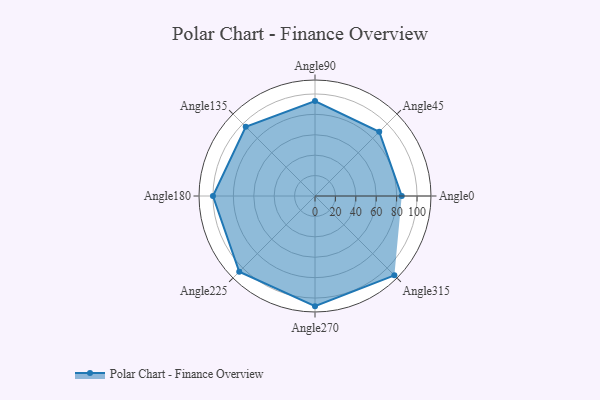
{"axis": {"x": "Angle", "y": "Radius"}, "legend": [""], "data": [{"x": "Angle0", "y": 85.0, "type": ""}, {"x": "Angle45", "y": 89.0, "type": ""}, {"x": "Angle90", "y": 93.0, "type": ""}, {"x": "Angle135", "y": 96.0, "type": ""}, {"x": "Angle180", "y": 100.0, "type": ""}, {"x": "Angle225", "y": 105.0, "type": ""}, {"x": "Angle270", "y": 108.0, "type": ""}, {"x": "Angle315", "y": 110.0, "type": ""}]}